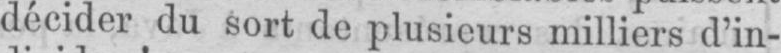
décider du sort de plusieurs milliers d’in-